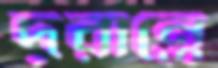
দূরান্তে